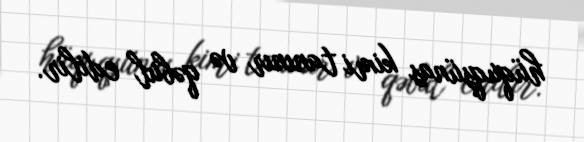
hüquqşünas kimi tanınır və qəbul edilir.